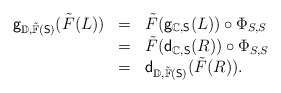
\begin{align*}\begin{array}{lll}\mathsf{g}_{\mathbb{D},\tilde{\mathbb{F}}(\mathsf{S})}(\tilde{F}(L))&=&\tilde{F}(\mathsf{g}_{\mathbb{C},\mathsf{S}}(L))\circ\Phi_{S,S}\\&=&\tilde{F}(\mathsf{d}_{\mathbb{C},\mathsf{S}}(R))\circ\Phi_{S,S}\\&=&\mathsf{d}_{\mathbb{D},\tilde{\mathbb{F}}(\mathsf{S})}(\tilde{F}(R)).\end{array}\end{align*}